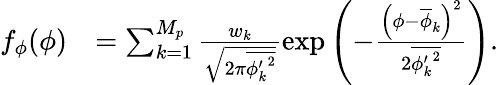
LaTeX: \begin{array}{rl}{f_{\phi}(\phi)}&{=\sum_{k=1}^{M_{p}}\frac{w_{k}}{\sqrt{2\pi\overline{{{\phi_{k}^{\prime}}^{2}}}}}\exp{\left(-\frac{\left(\phi-\overline{{\phi}}_{k}\right)^{2}}{2\overline{{{\phi_{k}^{\prime}}^{2}}}}\right)}.}\end{array}